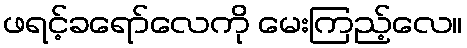
ဖရင့်ခရော်လေကို မေးကြည့်လေ။